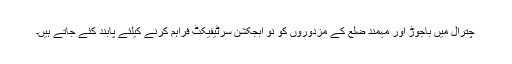
چترال میں باجوڑ اور مہمند ضلع کے مزدوروں کو نو ابجکشن سرٹیفیکٹ فراہم کرنے کیلئے پابند کئے جاتے ہیں۔